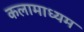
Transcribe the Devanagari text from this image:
कलामाध्यम